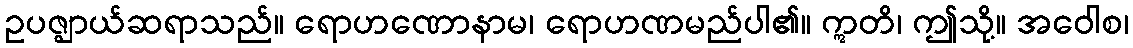
ဥပဇ္ဈာယ်ဆရာသည်။ ရောဟဏောနာမ၊ ရောဟဏမည်ပါ၏။ ဣတိ၊ ဤသို့။ အဝေါစ၊